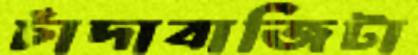
চাঁদাবাজিটা